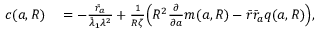
\begin{array} { r l } { c ( { a } , R ) } & { { } = - \frac { \bar { r } _ { a } } { \bar { \lambda } _ { 1 } \lambda ^ { 2 } } + \frac { 1 } { R \zeta } \Big ( R ^ { 2 } \frac { \partial } { \partial { a } } m ( { a } , R ) - \bar { r } \bar { r } _ { a } q ( { a } , R ) \Big ) , } \end{array}